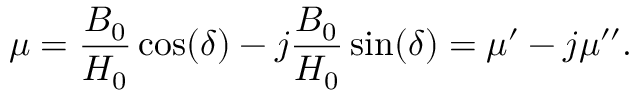
\mu = { \frac { B _ { 0 } } { H _ { 0 } } } \cos ( \delta ) - j { \frac { B _ { 0 } } { H _ { 0 } } } \sin ( \delta ) = \mu ^ { \prime } - j \mu ^ { \prime \prime } .